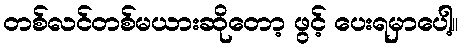
တစ်လင်တစ်မယားဆိုတော့ ဖွင့် ပေးရမှာပေါ့။